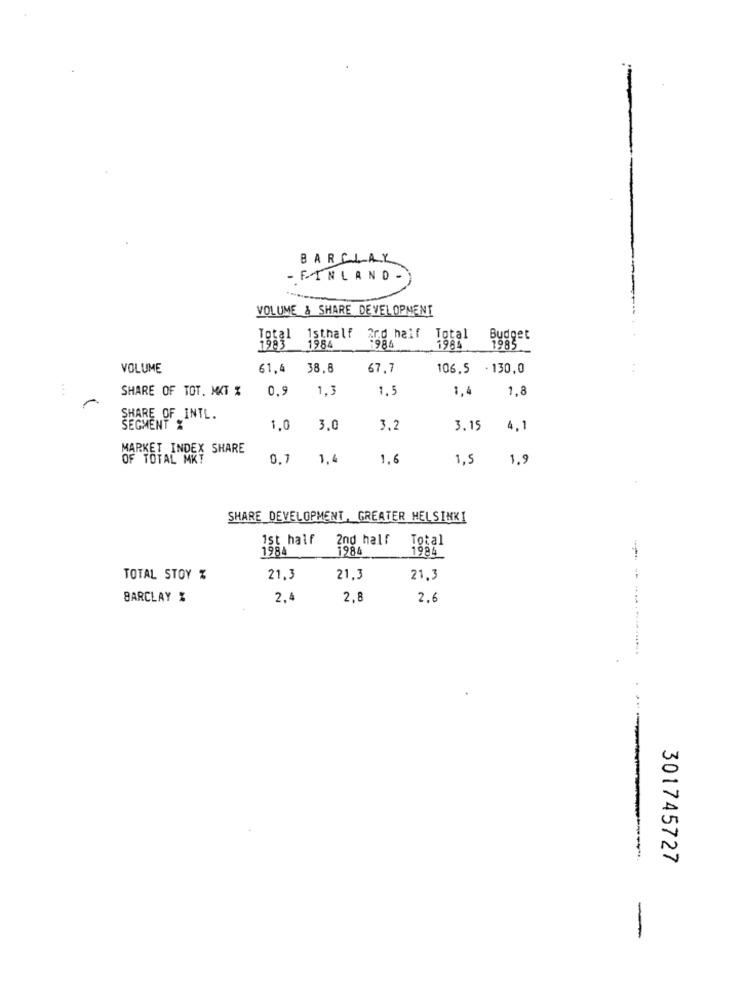
BARCLAY
- FINLAND
VOLUME & SHARE DEVELOPMENT
Total
1sthalf
2rd half
Total
Budget
1984
-984
1984
1985
VOLUME
61.4
38.8
67,7
106.5
. 130,0
SHARE OF TOT. MAT %
0.9
1,3
1.5
1,4
1,8
SHARE OF INTL.
SEGMENT %
1,0
3,0
3.2
3. 15
4.1
MARKET INDEX SHARE
OF TOTAL MKT
0.7
1,4
1.6
1,5
1.5
SHARE DEVELOPMENT, GREATER HELSINKI
1st half
2nd half
Total
198
1984
1984
-
TOTAL STOY %
21.3
21,3
21.3
BARCLAY %
2.
2,8
2.6
301745727
-